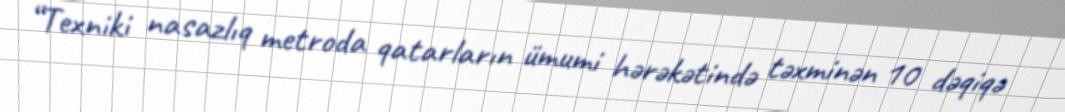
“Texniki nasazlıq metroda qatarların ümumi hərəkətində təxminən 10 dəqiqə